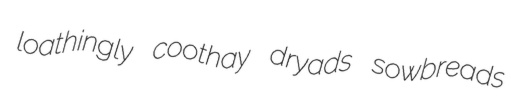
loathingly coothay dryads sowbreads